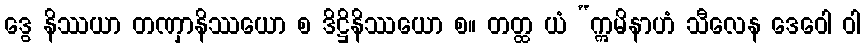
ဒွေ နိဿယာ တဏှာနိဿယော စ ဒိဋ္ဌိနိဿယော စ။ တတ္ထ ယံ “ဣမိနာဟံ သီလေန ဒေဝေါ ဝါ